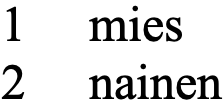
1  mies 2  nainen